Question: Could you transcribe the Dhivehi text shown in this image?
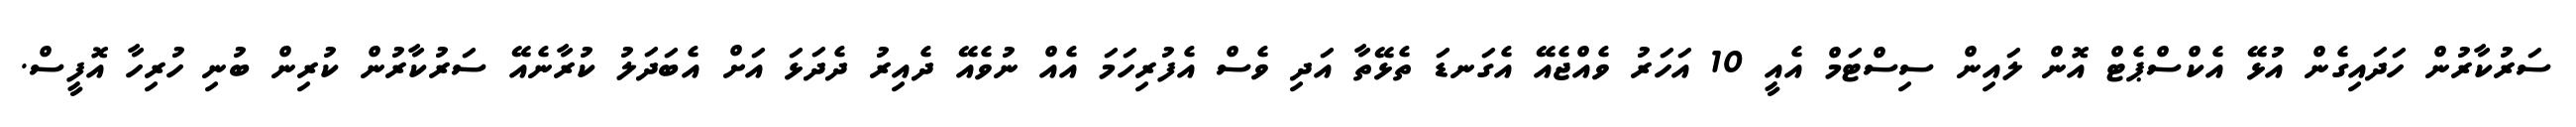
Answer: ސަރުކާރުން ހަދައިގެން އުޅޭ އެކްސްޕެޓް އޮން ލައިން ސިސްޓަމް އެއީ 10 އަހަރު ވެއްޖެއޭ އެގަނޑަ ތެޅޭތާ އަދި ވެސް އެފުރިހަމަ އެއް ނުވެއޭ ދެއިރު ދެދަޅަ އަށް އެބަދަލު ކުރާނެއޭ ސަރުކާރުން ކުރިން ބުނި ހުރިހާ އޮފީސް.